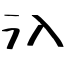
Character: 𣱿